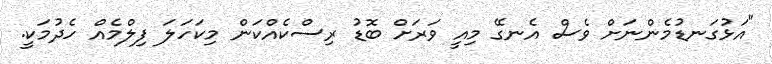
"އަޅުގަނޑުމެންނަށް ވެސް އެނގޭ މިއީ ވަރަށް ބޮޑު ރިސްކެއްކަން މިކަހަލަ ފިލްމެއް ހެދުމަކީ.